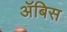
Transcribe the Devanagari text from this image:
ॲबिस